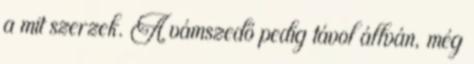
a mit szerzek. A vámszedő pedig távol állván, még